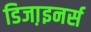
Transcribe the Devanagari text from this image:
डिजा़इनर्स